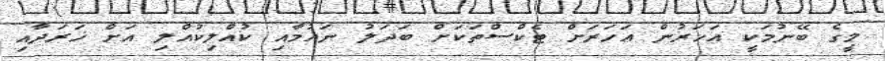
މީގެ ބޭނުމަކީ އަހަރުން އަހަރަށް ޓެކްސްތަކަށް ބަދަލު ނައުމާއި ކުއްލިކުއްލި އަށް ޚަރަދާއި